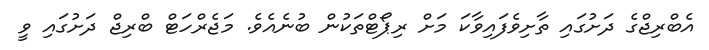
އެބްރިޖްގެ ދަށުގައި ތާށިވެފައިވާކަ މަށް ރިޕޯޓްތަކުން ބުނެއެވެ. މަޖެރްހަޓް ބްރިޖް ދަށުގައި ވީ